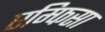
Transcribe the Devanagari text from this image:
एम्फिसा